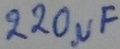
Text: 220µF